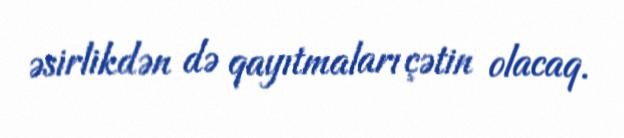
əsirlikdən də qayıtmaları çətin olacaq.